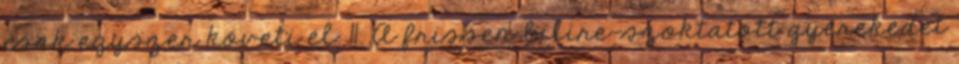
csak egyszer követi el. 11. A frissen bilire-szoktatott gyerekedet